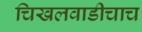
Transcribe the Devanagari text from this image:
चिखलवाडीचाच